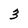
Character: 3